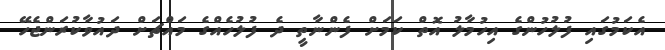
އެކަމުގައި ފުލުހުންގެ އިހުމާލު އޮތް ކަމަށް ފެންނާތީ ދެ ފުލުހެއްގެ މައްޗަށް ދައުވާކުރަންޖެހޭ